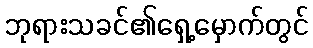
ဘုရားသခင်၏ရှေ့မှောက်တွင်